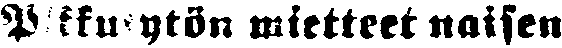
Pikkutytön mietteet naisen